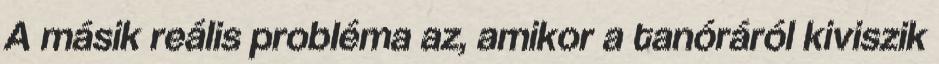
A másik reális probléma az, amikor a tanóráról kiviszik